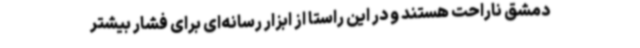
دمشق ناراحت هستند و در این راستا از ابزار رسانه‌ای برای فشار بیشتر